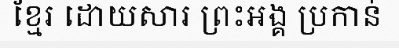
ខ្មែរ ដោយសារ ព្រះអង្គ ប្រកាន់